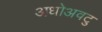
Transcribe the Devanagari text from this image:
अधोअवटु